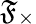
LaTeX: \mathfrak{F}_{\times}